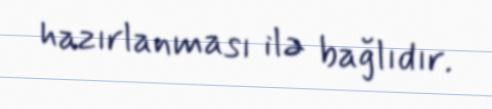
hazırlanması ilə bağlıdır.